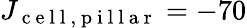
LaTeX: J_{\mathrm{~c~e~l~l~,~p~i~l~l~a~r~}}=-70